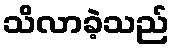
သိလာခဲ့သည်